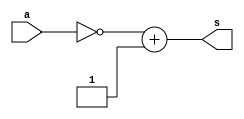
// ------------------------- 
// Exemplo0022 - BASE 
// Nome: Oswaldo Oliveira Paulino
// ------------------------- 
// ------------------------- 
// test number system 
// ------------------------- 

module Q07 (output [7:0]s, input [7:0]a);
	assign s = ~a + 1;
endmodule

module test_base_01; 
// ------------------------- definir dados 
	reg [7:0] a;	
	wire [7:0] sA;
	
	Q07 questao07(sA, a); 
	
initial begin: start
	a = 8'b01010101; 
end
	
// ------------------------- parte principal 
initial begin
	$display("Exemplo0022 - Oswaldo Oliveira Paulino - 382175"); 
	$display("Test number system"); 
	 
	#1
	$display("\nQuestao 07)");
	$display("%b = %b", a, sA);

end 
endmodule // test_base 

// ------------------------ documentacao complementar
/*
    Exemplo0022 - Oswaldo Oliveira Paulino - 382175
    Test number system
    
    Questao 07)
    01010101 = 10101011
*/